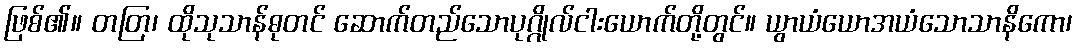
ဖြစ်၏။ တတြ၊ ထိုသုသာန်ဓုတင် ဆောက်တည်သောပုဂ္ဂိုလ်ငါးယောက်တို့တွင်။ ယွာယံယောအယံသောသာနိကော၊